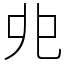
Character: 𠑹